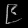
Digit: ၉